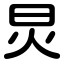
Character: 炅